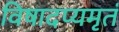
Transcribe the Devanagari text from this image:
विषादप्यमृतं